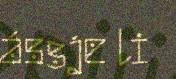
ássje li